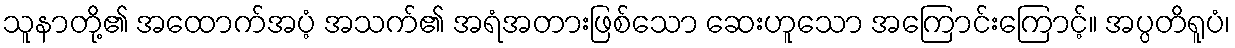
သူနာတို့၏ အထောက်အပံ့ အသက်၏ အရံအတားဖြစ်သော ဆေးဟူသော အကြောင်းကြောင့်။ အပ္ပတိရူပံ၊